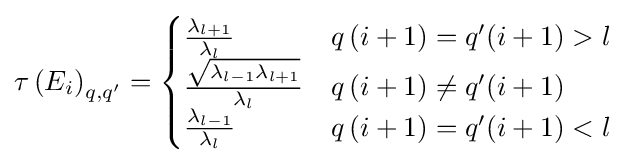
\tau \left(E_{i}\right)_{q,q'}={\begin{cases}{\frac {\lambda _{l+1}}{\lambda _{l}}}&q\left(i+1\right)=q'(i+1)>l\\{\frac {\sqrt {\lambda _{l-1}\lambda _{l+1}}}{\lambda _{l}}}&q\left(i+1\right)\neq q'(i+1)\\{\frac {\lambda _{l-1}}{\lambda _{l}}}&q\left(i+1\right)=q'(i+1)<l\end{cases}}